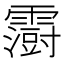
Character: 𮦵